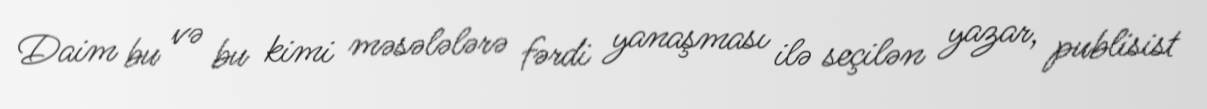
Daim bu və bu kimi məsələlərə fərdi yanaşması ilə seçilən yazar, publisist